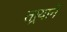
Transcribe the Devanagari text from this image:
तार्‍याने